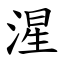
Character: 湦